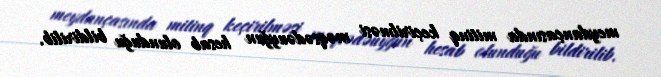
meydançasında mitinq keçirilməsi məqsədəuyğun hesab olunduğu bildirilib.